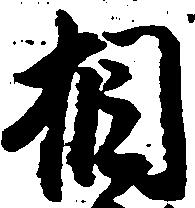
相